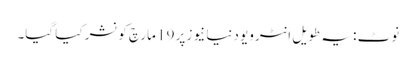
نوٹ : یہ طویل انٹرویو دنیا نیوز پر 19 مارچ کو نشر کیا گیا۔